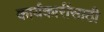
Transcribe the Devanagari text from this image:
कार्यकारींसाठी